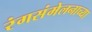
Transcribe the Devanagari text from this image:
रंगसंमेलनाच्या